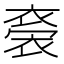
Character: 𧛁